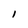
Character: I